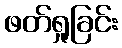
ဖတ်ရှုခြင်း